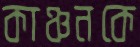
কাঞ্চনকে